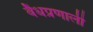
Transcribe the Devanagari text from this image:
वैधप्रणाली